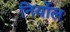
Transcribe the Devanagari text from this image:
निर्योल